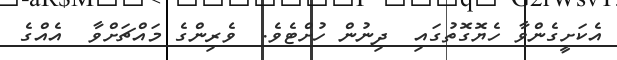
އެކަށީގެންވާ ހެޔޮގޮތުގައި  ދިނުން ހުށްޓެވެ.  ވެރިންގެ މައްޗަށްވާ  އެއްގެ